Proceedings of the meeting of veterinary officers in India
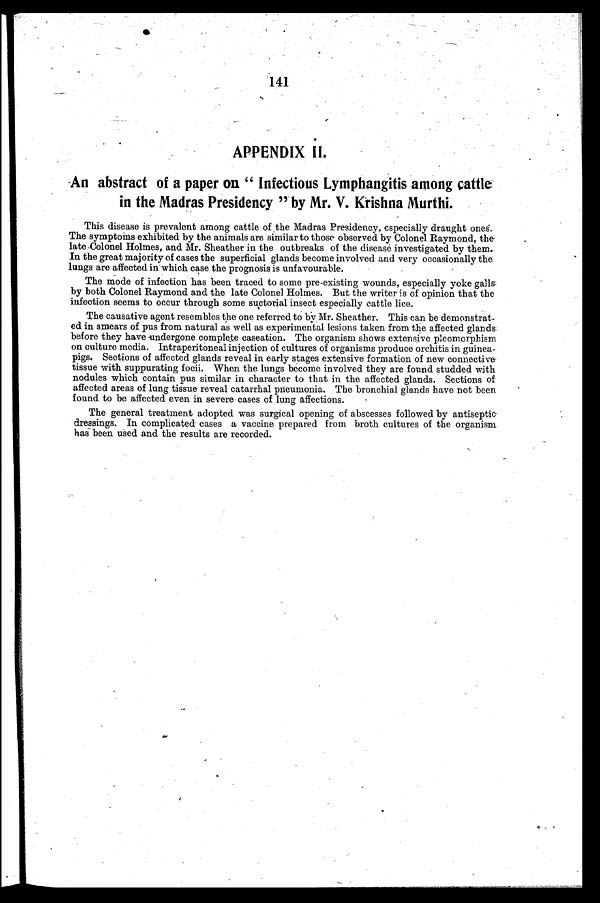
141
APPENDIX II.
An abstract of a paper on "Infectious Lymphangitis among cattle
in the Madras Presidency" by Mr. V. Krishna Murthi.
This disease is prevalent among cattle of the Madras Presidency, especially draught ones.
The symptoms exhibited by the animals are similar to those observed by Colonel Raymond, the
late Colonel Holmes, and Mr. Sheather in the outbreaks of the disease investigated by them.
In the great majority of cases the superficial glands become involved and very occasionally the
lungs are affected in which case the prognosis is unfavourable.
The mode of infection has been traced to some pre-existing wounds, especially yoke galls
by both Colonel Raymond and the late Colonel Holmes. But the writer is of opinion that the
infection seems to occur through some suctorial insect especially cattle lice.
The causative agent resembles the one referred to by Mr. Sheather. This can be demonstrat-
ed in smears of pus from natural as well as experimental lesions taken from the affected glands
before they have undergone complete caseation. The organism shows extensive pleomorphism
on culture media. Intraperitoneal injection of cultures of organisms produce orchitis in guinea-
pigs. Sections of affected glands reveal in early stages extensive formation of new connective
tissue with suppurating focii. When the lungs become involved they are found studded with
nodules which contain pus similar in character to that in the affected glands. Sections of
affected areas of lung tissue reveal catarrhal pneumonia. The bronchial glands have not been
found to be affected even in severe cases of lung affections.
The general treatment adopted was surgical opening of abscesses followed by antiseptic
dressings. In complicated cases a vaccine prepared from broth cultures of the organism
has been used and the results are recorded.